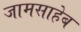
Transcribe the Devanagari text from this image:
जामसाहेब